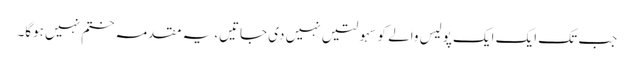
جب تک ایک ایک پولیس والے کو سہولتیں نہیں دی جاتیں، یہ مقدمہ ختم نہیں ہوگا۔